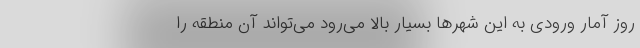
روز آمار ورودی به این شهرها بسیار بالا می‌رود می‌تواند آن منطقه را